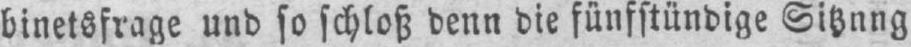
binetsfrage und so schloß denn die fünfstündige Sitzung